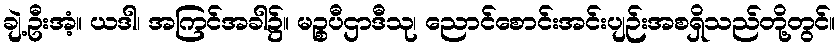
ချဲ့ဦးအံ့။ ယဒါ၊ အကြင်အခါ၌။ မဉ္စပီဌာဒီသု၊ ညောင်စောင်းအင်းပျဉ်းအစရှိသည်တို့တွင်။